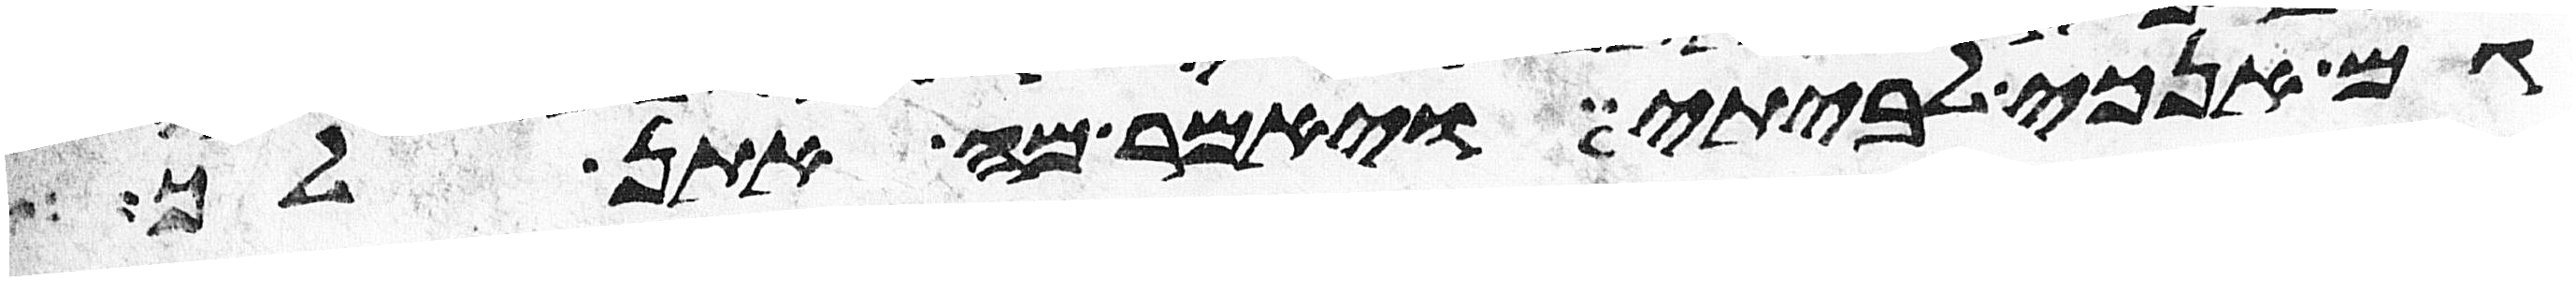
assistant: גם אנכי לביתי ויאמר מה אתן לך